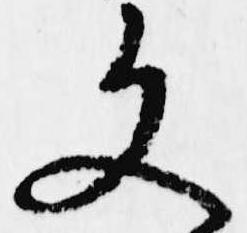
文